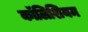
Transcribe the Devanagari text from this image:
कॉलिशियम